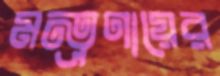
মন্ত্রণায়ের